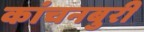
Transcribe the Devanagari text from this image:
कांचनबुरी